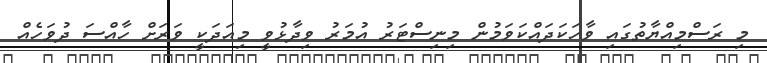
މި ރަސްމިއްޔާތުގައި ވާހަކަދައްކަވަމުން މިނިސްޓަރު އުމަރު ވިދާޅުވީ މިއަދަކީ ވަރަށް ހާއްސަ ދުވަހެއް